Vaccination in the Punjab 1905-1918 - 1905-1918
Year: 1905
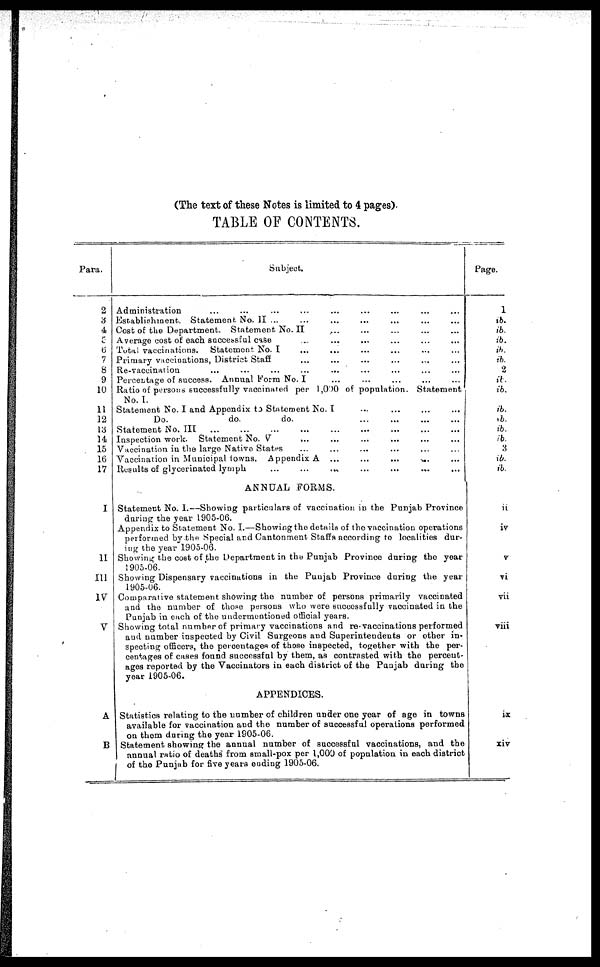
(The text of these Notes is limited to 4 pages).
TABLE OF CONTENTS.
Para.
2
3.
4
5.
6
7
8
9
10
11
12
13
14
15
16
17
I
II
III
IV
V
A
B
Subject.
Administration ... ... ... ... ... ...
Establishment. Statement No. II ... ... ... ... ...
Cost of the Department. Statement No.II ... ... ... ... ...
Average cost of each successful case ... ... ... ... ...
Total vaccinations. Statement. No. I ... ... ... ...
Primary vaccinations, District Staff ... ... ... ...
Re-vaccination ... ... ... ... ... ... ... ...
Percentage of success. Annual Form No. I ... ... ... ...
Ratio of persons successfully vaccinated per 1,000 of population. Statement
No. I.
Statement No. I and Appendix to Statement No. I ... ... ... ...
Do.
do.
do. ... ... ... ...
Statement No. III ... ... ... ...
Inspection work. Statement No. V ... ... ... ...
Vaccination in the large Native States ... ... ... ...
Vaccination in Municipal towns. Appendix A
...
...
...
...
Results of glycerinated lymph
...
...
...
...
ANNUAL FORMS.
Statement No. I.—Showing particulars of vaccination in the Punjab Province
during the year 1905-06.
Appendix to Statement No. I.—Showing the details of the vaccination operations
performed by the Special and Cantonment Staffs according to localities dur-
ing the year 1905-06.
Showing the cost of the Department in the Punjab Province during the year
1905-06.
Showing Dispensary vaccinations in the Punjab Province daring the year
1905-06.
Comparative statement showing the number of persons primarily vaccinated
and the number of those persons who were successfully vaccinated in the
Punjab in each of the undermentioned official years.
Showing total number of primary vaccinations and re-vaccinations performed
and number inspected by Civil Surgeons and Superintendents or other in-
specting officers, the percentages of those inspected, together with the per-
centages of cases found successful by them, as contrasted with the percent-
ages reported by the Vaccinators in each district of the Punjab during the
year 1905-06.
APPENDICES.
Statistics relating to the number of children under one year of age in towns
available for vaccination and the number of successful operations performed
on them during the year 1905-06.
Statement showing the annual number of successful vaccinations, and the
annual ratio of deaths from small-pox per 1,000 of population in each district
of the Punjab for five years ending 1905-06.
Page.
1
ib.
ib.
ib.
ib.
ib.
2
ib.
ib.
ib.
ib.
ib.
ib.
3
ib.
ib.
ii
iv
v
vi
vii
viii
ix
xiv